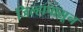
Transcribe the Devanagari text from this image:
जिल्हापासून